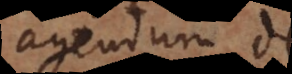
agendum de